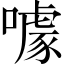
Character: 噱